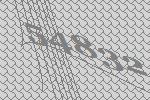
54832